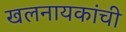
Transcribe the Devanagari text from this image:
खलनायकांची